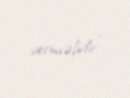
verməlidir”.